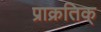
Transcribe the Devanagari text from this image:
प्राक्रतिक्